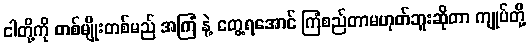
ငါတို့ကို တစ်မျိုးတစ်မည် အကြံ နဲ့ တွေ့ရအောင် ကြံစည်တာမဟုတ်ဘူးဆိုတာ ကျုပ်တို့